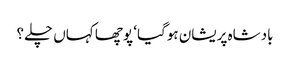
بادشاہ پریشان ہوگیا‘ پوچھا کہاں چلے؟